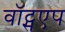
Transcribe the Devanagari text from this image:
वॉट्सएप